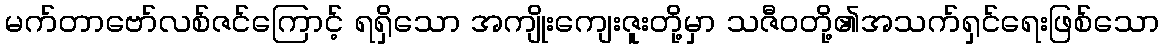
မက်တာဗော်လစ်ဇင်ကြောင့် ရရှိသော အကျိုးကျေးဇူးတို့မှာ သဇီဝတို့၏အသက်ရှင်ရေးဖြစ်သော